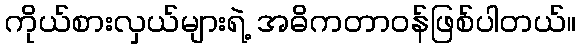
ကိုယ်စားလှယ်များရဲ့ အဓိကတာဝန်ဖြစ်ပါတယ်။